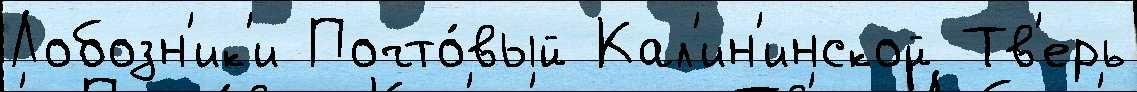
Лобозн'ик'и Почто́вый Кал'ин'инской Тв'ерь